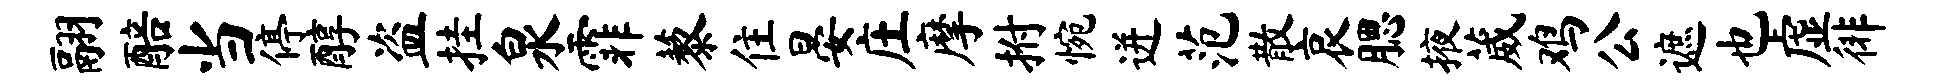
翮醅当停醇盗挂泉霏藜住晏庄摩拊惋迸范散哀腮掖葳鸡公遮也虚徘